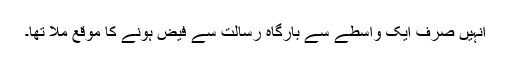
انہیں صرف ایک واسطے سے بارگاہ رسالت سے فیض ہونے کا موقع ملا تھا۔